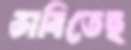
ভাবিতেছ